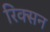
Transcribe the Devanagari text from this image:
रिक्सन